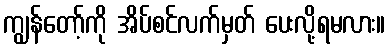
ကျွန်တော့်ကို အိပ်စင်လက်မှတ် ပေးလို့ရမလား။